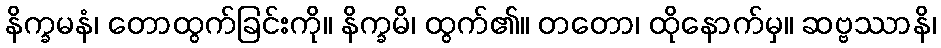
နိက္ခမနံ၊ တောထွက်ခြင်းကို။ နိက္ခမိ၊ ထွက်၏။ တတော၊ ထိုနောက်မှ။ ဆဗ္ဗဿာနိ၊